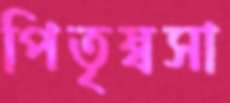
পিতৃষ্বসা